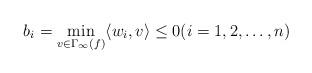
LaTeX: \begin{align*}b_i=\min_{v\in \Gamma_{\infty}(f)} \langle w_i,v \rangle \leq 0 (i=1,2,\ldots,n)\end{align*}